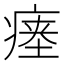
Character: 瘗